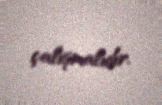
çalışmalıdır.